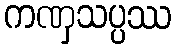
ကဏှသပ္ပဿ